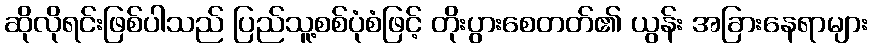
ဆိုလိုရင်းဖြစ်ပါသည် ပြည်သူ့စစ်ပုံစံဖြင့် တိုးပွားစေတတ်၏ ယွန်း အခြားနေရာများ